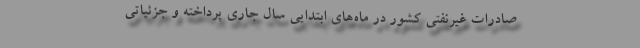
صادرات غیرنفتی کشور در ماه‌های ابتدایی سال جاری پرداخته و جزئیاتی